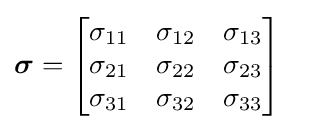
{\boldsymbol {\sigma }}={\begin{bmatrix}\sigma _{11}&\sigma _{12}&\sigma _{13}\\\sigma _{21}&\sigma _{22}&\sigma _{23}\\\sigma _{31}&\sigma _{32}&\sigma _{33}\end{bmatrix}}\quad